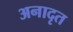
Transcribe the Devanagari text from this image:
अनादृत